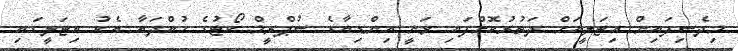
މިދެސިފައިން އިޓަލީއަށް ދަތުރުކޮށްފައި ވަނީ އިންޑިއާގެ ސުޕްރީމް ކޯޓުގެ ހުއްދައާ އެކު އިޓަލީގައި